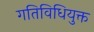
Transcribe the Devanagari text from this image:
गतिविधियुक्त